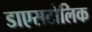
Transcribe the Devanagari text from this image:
डाएसटोलिक